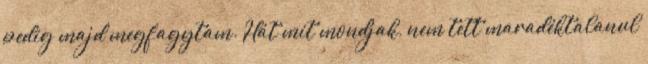
pedig majd megfagytam. Hát mit mondjak, nem tett maradéktalanul